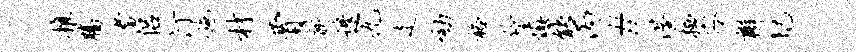
推腾耆侣汀施材贾新边九走劾格伶慎能丙#渥栖容辫圮